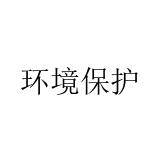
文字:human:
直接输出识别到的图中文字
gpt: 环境保护